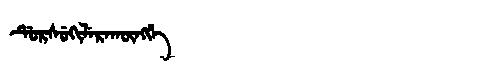
Manchu: ᡩᡠᡵᠰᡠᡴᡳᠯᡝᡵᠠᡴᡡᠩᡤᡝ
Romanization: DURSUKILERAKŪNGGE